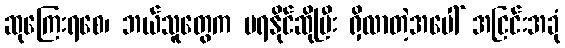
ဆုကြေးရစေ၊ ဘယ်သူတွေက မရနိုင်ဆိုပြီး ရှိလာတဲ့အပေါ် အငြင်းအခုံ